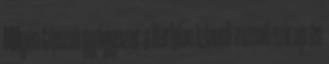
Milyen típusú gyógyszer a Herbion izlandi zuzmó szirup és